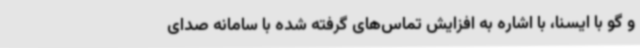
و گو با ایسنا، با اشاره به افزایش تماس‌های گرفته شده با سامانه صدای